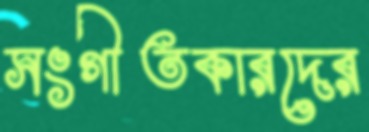
সংগীতকারদের